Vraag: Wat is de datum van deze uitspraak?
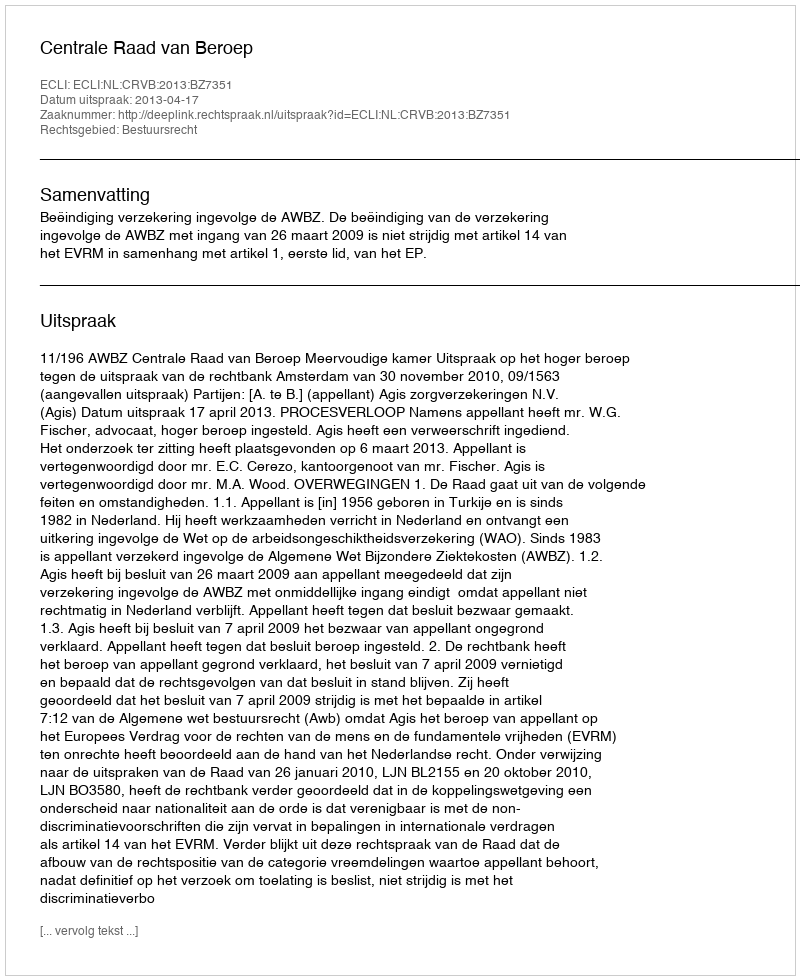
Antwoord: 2013-04-17